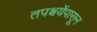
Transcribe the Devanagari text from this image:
तपश्चर्येपासून